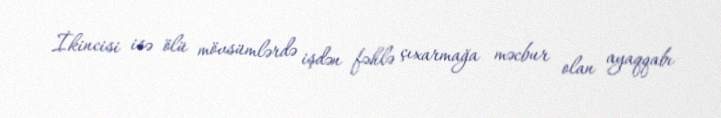
İkincisi isə ölü mövsümlərdə işdən fəhlə çıxarmağa məcbur olan ayaqqabı